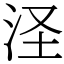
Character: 𣲾